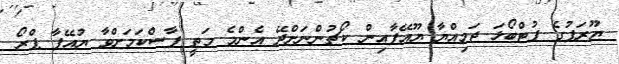
ޔޫރަޕުގެ ފުޓްބޯޅަ ޖަމިއްޔާ ޔޫއޭފާއިން ކޯޗުންނަށްދޭ އެންމެ މަތީ ފާސްކަމަށްވާ ޔުއޭފާ ޕްރޯ